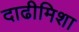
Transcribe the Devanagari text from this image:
दाढीमिशा